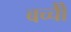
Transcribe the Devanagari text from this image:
बच्चोेैं